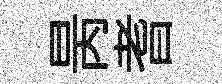
昺耆